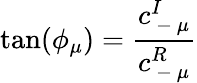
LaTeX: \tan(\phi_{\mu})=\frac{c_{\mathrm{~-~}\mu}^{I}}{c_{\mathrm{~-~}\mu}^{R}}